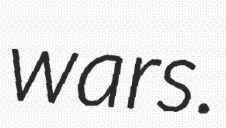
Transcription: wars.